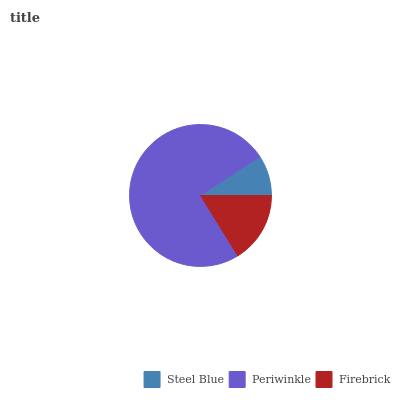
| Steel Blue | Periwinkle | Firebrick |
 | --- | --- | --- |
 | 9.22% | 74.6% | 16.2% |